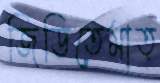
জিডিতেমাত্